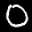
Label: 0